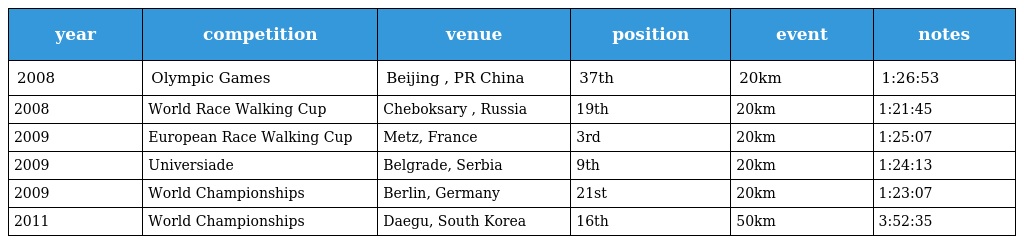
| year | competition | venue | position | event | notes |
 | --- | --- | --- | --- | --- | --- |
 | 2008 | Olympic Games | Beijing , PR China | 37th | 20km | 1:26:53 |
 | 2008 | World Race Walking Cup | Cheboksary , Russia | 19th | 20km | 1:21:45 |
 | 2009 | European Race Walking Cup | Metz, France | 3rd | 20km | 1:25:07 |
 | 2009 | Universiade | Belgrade, Serbia | 9th | 20km | 1:24:13 |
 | 2009 | World Championships | Berlin, Germany | 21st | 20km | 1:23:07 |
 | 2011 | World Championships | Daegu, South Korea | 16th | 50km | 3:52:35 |